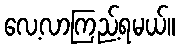
လေ့လာကြည့်ရမယ်။